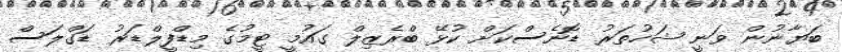
ބަޔާނުން ވަނީ ޝަހުތަރު ޑޮނެސްކަށް ކުޅޭ ބްރެޒިލް ގައުމީ ޓީމުގެ މިޑްފީލްޑަރު ޑަގްލަސް